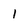
Character: 1